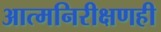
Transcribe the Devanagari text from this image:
आत्मनिरीक्षणही